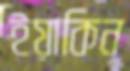
ইয়াকিন